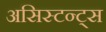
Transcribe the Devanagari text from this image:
असिस्टन्ट्स